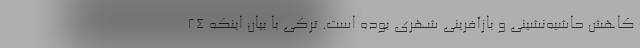
کاهش حاشیه‌نشینی و بازآفرینی شهری بوده است. ترکی با بیان اینکه ۲۴